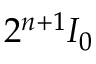
2 ^ { n + 1 } I _ { 0 }